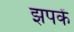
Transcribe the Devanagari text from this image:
झपकें